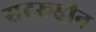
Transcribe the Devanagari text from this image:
सदरूद्दीन